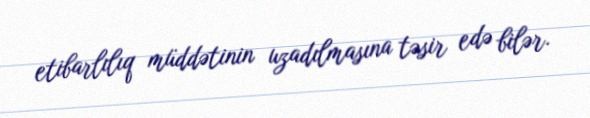
etibarlılıq müddətinin uzadılmasına təsir edə bilər.